Civil Veterinary Department Bengal reports 1933-51 - 1933-1951
Year: 1933
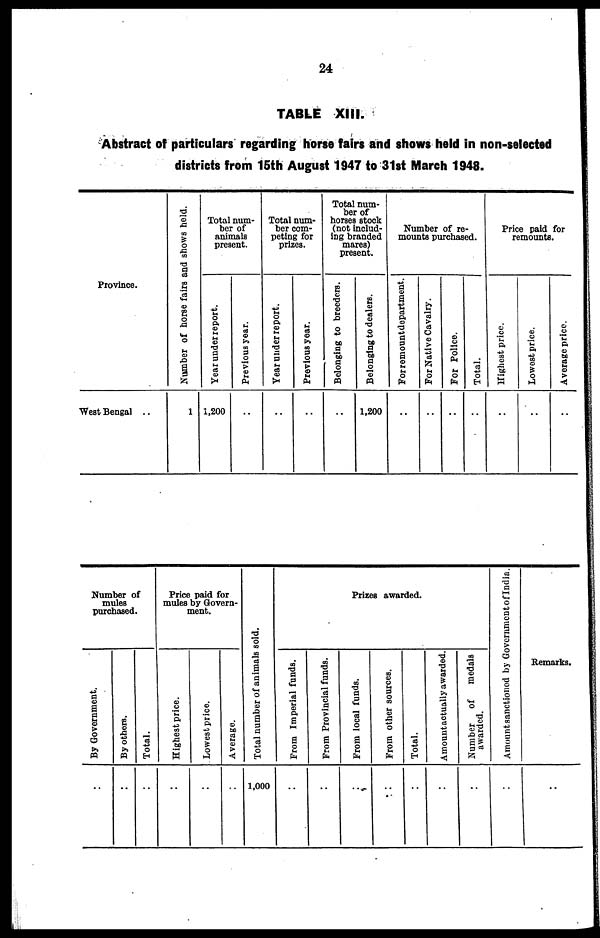
24
TABLE XIII.
Abstract of particulars regarding horse fairs and shows held in non-selected
districts from 15th August 1947 to 31st March 1948.
Province.
West Bengal ..
Number of horse fairs and shows hold.
1
Total num-
ber of
animals
present.
Year under report.
1,200
Previous year.
..
Total num-
ber com-
peting for
prizes.
Year under report.
..
Previous year.
..
Total num-
ber of
horses stock
(not includ-
ing branded
mares)
present.
Belonging to breeders.
..
Belonging to dealers.
1,200
Number of re-
mounts purchased.
For remount department.
..
For Native Cavalry.
..
For Police.
..
Total.
..
Price paid for
remounts.
Highest price.
..
Lowest price.
..
Average price.
..
Number of
mules
purchased.
By Government.
..
By others.
..
Total.
..
Price paid for
mules by Govern-
ment.
Highest price.
..
Lowest price.
..
Average.
..
Total number of animals sold.
1,000
Prizes awarded.
From Imperial funds.
..
From Provincial funds.
..
From local funds.
..
From other sources.
..
Total.
..
Amount
actually awarded.
..
Number
of
medals
awarded.
..
Amount sanctioned by Government of India
..
Remarks.
..